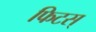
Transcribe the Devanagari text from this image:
फिटस्‌